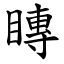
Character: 䁣